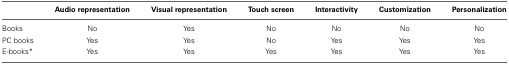
|  | Audio representation | Visual representation | Touch screen | Interactivity | Customization | Personalization |
 | --- | --- | --- | --- | --- | --- | --- |
 | Books | No | Yes | No | No | No | No |
 | PC books | Yes | Yes | No | Yes | Yes | Yes |
 | E-books* | Yes | Yes | Yes | Yes | Yes | Yes |